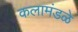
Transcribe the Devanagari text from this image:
कलामंडळे